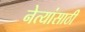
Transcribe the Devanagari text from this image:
नेत्यांसाठी